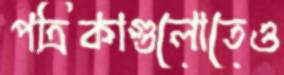
পত্রিকাগুলোতেও